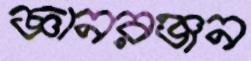
জ্ঞানরঞ্জন